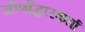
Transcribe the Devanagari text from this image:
जीर्णोद्धारकर्ता